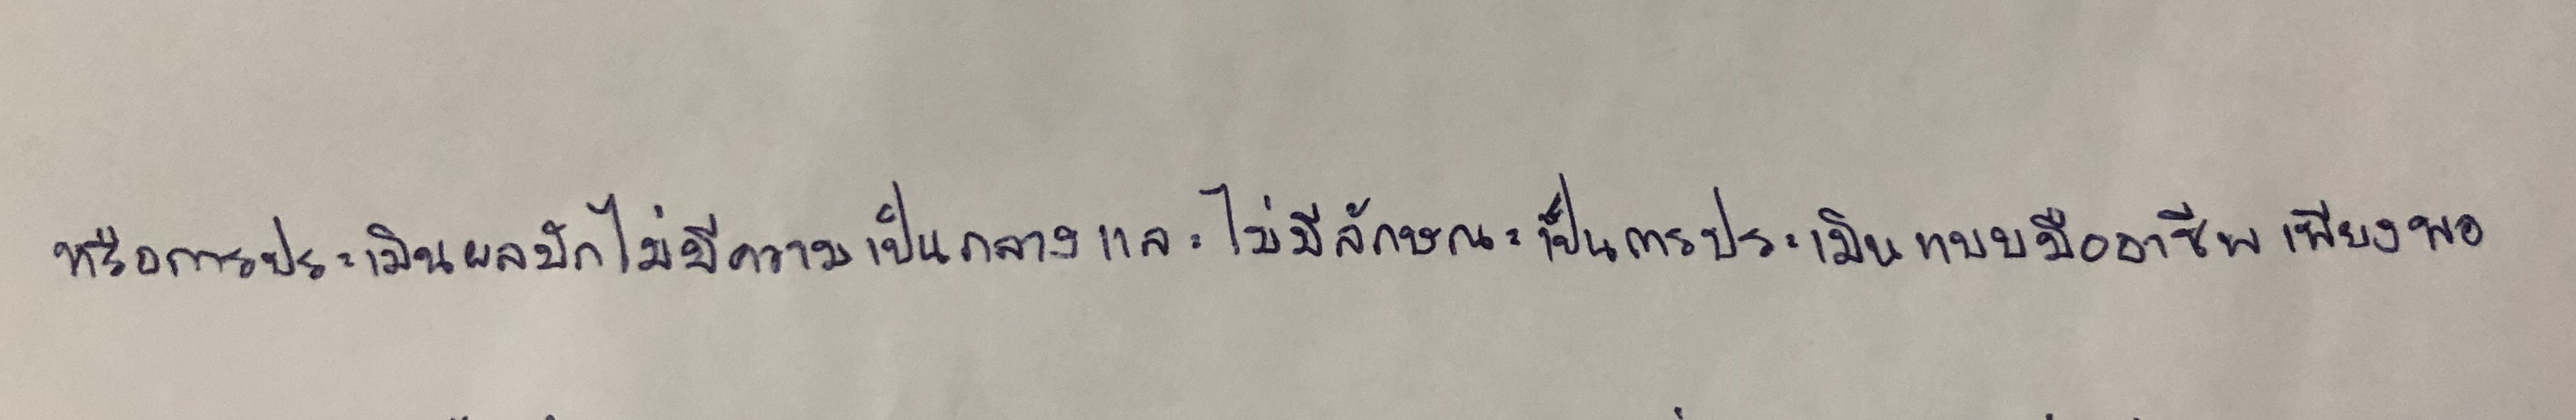
หรือการประเมินผลมักไม่มีความเป็นกลางและไม่มีลักษณะเป็นการประเมินแบบมืออาชีพเพียงพอ